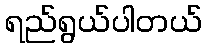
ရည်ရွယ်ပါတယ်